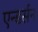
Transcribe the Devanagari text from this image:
एन्डर्सन